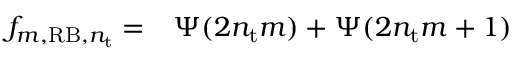
\begin{array} { r l } { f _ { m , \mathrm { R B } , n _ { \mathrm { t } } } = } & { { } \Psi ( 2 n _ { \mathrm { t } } m ) + \Psi ( 2 n _ { \mathrm { t } } m + 1 ) } \end{array}